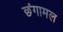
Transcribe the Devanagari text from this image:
छंगामल